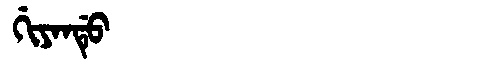
Manchu: ᡤᡳᠶᠠᠨᡩᡠ
Romanization: GIYANDU